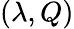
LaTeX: (\lambda,Q)